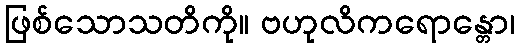
ဖြစ်သောသတိကို။ ဗဟုလိကရောန္တော၊